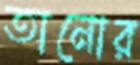
তানোর